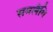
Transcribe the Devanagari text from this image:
समलैंगि